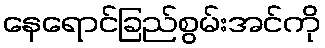
နေရောင်ခြည်စွမ်းအင်ကို